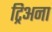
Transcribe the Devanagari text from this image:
ट्रिअना